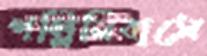
পল্লিনিবাসে